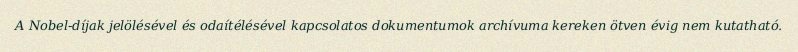
A Nobel-díjak jelölésével és odaítélésével kapcsolatos dokumentumok archívuma kereken ötven évig nem kutatható.